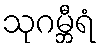
သုဂမ္ဘီရံ